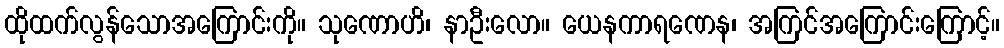
ထိုထက်လွန်သောအကြောင်းကို။ သုဏောဟိ၊ နာဦးလော။ ယေနကာရဏေန၊ အကြင်အကြောင်းကြောင့်။